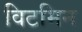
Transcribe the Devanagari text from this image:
विटमिन